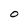
Character: O